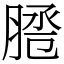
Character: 𦜕